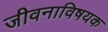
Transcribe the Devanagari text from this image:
जीवनाविषयक